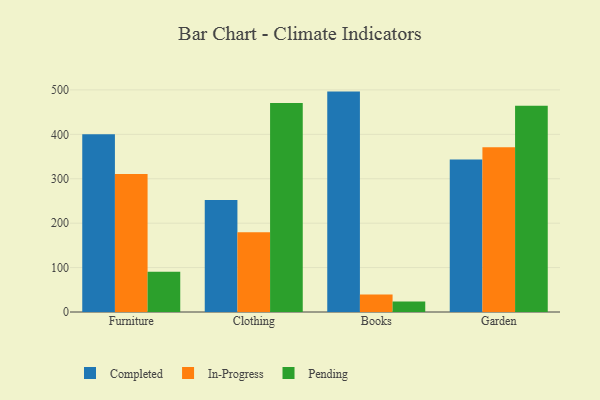
{"axis": {"x": "Category", "y": "Customer Acquisition Cost (USD)"}, "legend": ["Completed", "In-Progress", "Pending"], "data": [{"x": "Furniture", "y": 399.9, "type": "Completed"}, {"x": "Furniture", "y": 310.6, "type": "In-Progress"}, {"x": "Furniture", "y": 90.5, "type": "Pending"}, {"x": "Clothing", "y": 251.9, "type": "Completed"}, {"x": "Clothing", "y": 179.7, "type": "In-Progress"}, {"x": "Clothing", "y": 470.5, "type": "Pending"}, {"x": "Books", "y": 496.2, "type": "Completed"}, {"x": "Books", "y": 39.5, "type": "In-Progress"}, {"x": "Books", "y": 23.7, "type": "Pending"}, {"x": "Garden", "y": 343.6, "type": "Completed"}, {"x": "Garden", "y": 370.8, "type": "In-Progress"}, {"x": "Garden", "y": 464.5, "type": "Pending"}]}